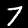
Label: 7